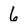
Character: 6